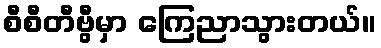
စီစီတီဗွီမှာ ကြေညာသွားတယ်။